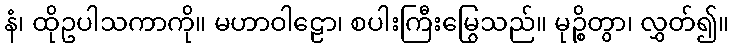
နံ၊ ထိုဥပါသကာကို။ မဟာဝါဠော၊ စပါးကြီးမြွေသည်။ မုဉ္စိတွာ၊ လွှတ်၍။